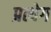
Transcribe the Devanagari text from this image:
प्रत्येग